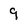
Character: 9